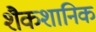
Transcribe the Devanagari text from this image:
शैकशानिक